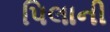
પિલાની